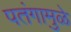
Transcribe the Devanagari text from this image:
पतंगामुळे